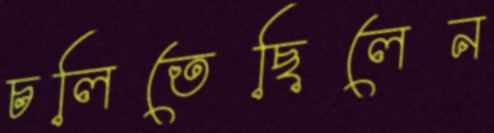
চলিতেছিলেন